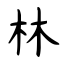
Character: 林